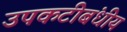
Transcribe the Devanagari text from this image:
उपकटीबंधीय